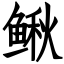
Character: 鳅